Vaccination in Bombay 1924-1928 - 1924-1928
Year: 1924
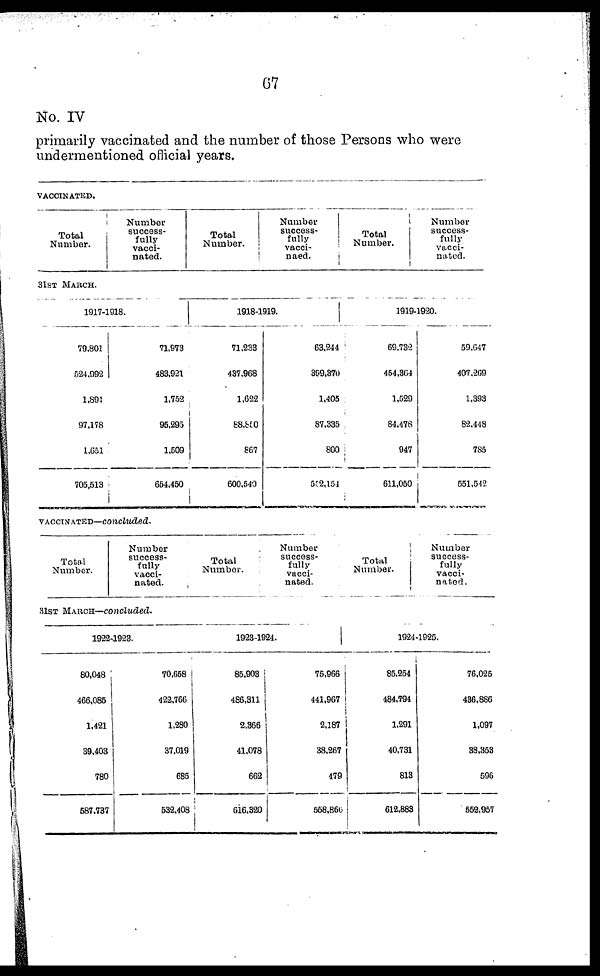
67
No. IV
primarily vaccinated and the number of those Persons who were
undermentioned official years.
VACCINATED.
Total
Number.
Number
success-
fully
vacci-
nated.
Total
Number.
Number
success¬
fully
vacci¬
naed.
Total
Number.
Number
success-
fully
vacci-
nated.
31ST MARCH.
1917-1918.
79,801
524,992
1,891
97,178
1,651
705,513
71,973
483,921
1,752
96,295
1,509
654,450
1918-1919.
71,233
437,968
1,622
88,850
867
600,540
63,244
399,370
1,405
87,335
800
552,154
1919-1920.
69,732
454,364
1,529
84,478
947
611,050
59,647
407,269
1,393
82,448
785
551,542
VACCINATED—concluded.
Total
Number.
Number
success-
fully
vacci-
nated.
Total
Number.
Number
success-
fully
vacci-
nated.
Total
Number.
Number
success-
fully
vacci-
nated.
31ST MARCH—concluded.
1922-1923.
80,048
466,085
1,421
39,403
780
587,737
70,658
422,766
1,280
37,019
685
532,408
1923-1924.
85,903
486,311
2,366
41,078
662
616,320
75,966
441,967
2,187
38,267
479
558,866
1924-1925.
85,254
484,794
1,291
40,731
813
612,883
76,025
1,097
38,353
596
552,957